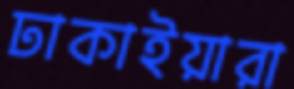
ঢাকাইয়ারা